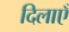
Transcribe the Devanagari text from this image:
दिलाएँ